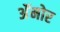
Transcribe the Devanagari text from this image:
अॅमोर